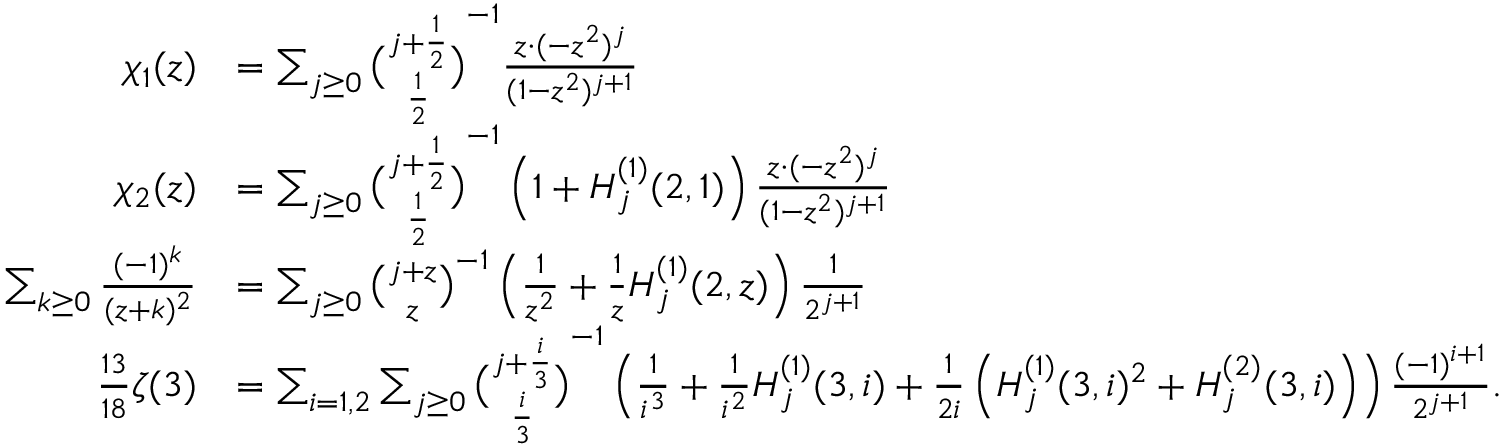
{ \begin{array} { r l } { \chi _ { 1 } ( z ) } & { = \sum _ { j \geq 0 } { \binom { j + { \frac { 1 } { 2 } } } { \frac { 1 } { 2 } } } ^ { - 1 } { \frac { z \cdot ( - z ^ { 2 } ) ^ { j } } { ( 1 - z ^ { 2 } ) ^ { j + 1 } } } } \\ { \chi _ { 2 } ( z ) } & { = \sum _ { j \geq 0 } { \binom { j + { \frac { 1 } { 2 } } } { \frac { 1 } { 2 } } } ^ { - 1 } \left( 1 + H _ { j } ^ { ( 1 ) } ( 2 , 1 ) \right) { \frac { z \cdot ( - z ^ { 2 } ) ^ { j } } { ( 1 - z ^ { 2 } ) ^ { j + 1 } } } } \\ { \sum _ { k \geq 0 } { \frac { ( - 1 ) ^ { k } } { ( z + k ) ^ { 2 } } } } & { = \sum _ { j \geq 0 } { \binom { j + z } { z } } ^ { - 1 } \left( { \frac { 1 } { z ^ { 2 } } } + { \frac { 1 } { z } } H _ { j } ^ { ( 1 ) } ( 2 , z ) \right) { \frac { 1 } { 2 ^ { j + 1 } } } } \\ { { \frac { 1 3 } { 1 8 } } \zeta ( 3 ) } & { = \sum _ { i = 1 , 2 } \sum _ { j \geq 0 } { \binom { j + { \frac { i } { 3 } } } { \frac { i } { 3 } } } ^ { - 1 } \left( { \frac { 1 } { i ^ { 3 } } } + { \frac { 1 } { i ^ { 2 } } } H _ { j } ^ { ( 1 ) } ( 3 , i ) + { \frac { 1 } { 2 i } } \left( H _ { j } ^ { ( 1 ) } ( 3 , i ) ^ { 2 } + H _ { j } ^ { ( 2 ) } ( 3 , i ) \right) \right) { \frac { ( - 1 ) ^ { i + 1 } } { 2 ^ { j + 1 } } } . } \end{array} }